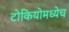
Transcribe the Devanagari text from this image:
टोकियोमध्येच